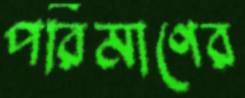
পরিমাণের